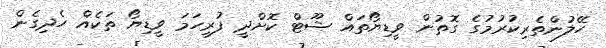
ހޭލުންތެރިކުރުމުގެ ގޮތުން ވީޑިޔޯތައް ޝޫޓް ކޮށްދީ ފުރިހަމަ ވީޑިޔޯ ތަކެއް ހެދިގެން